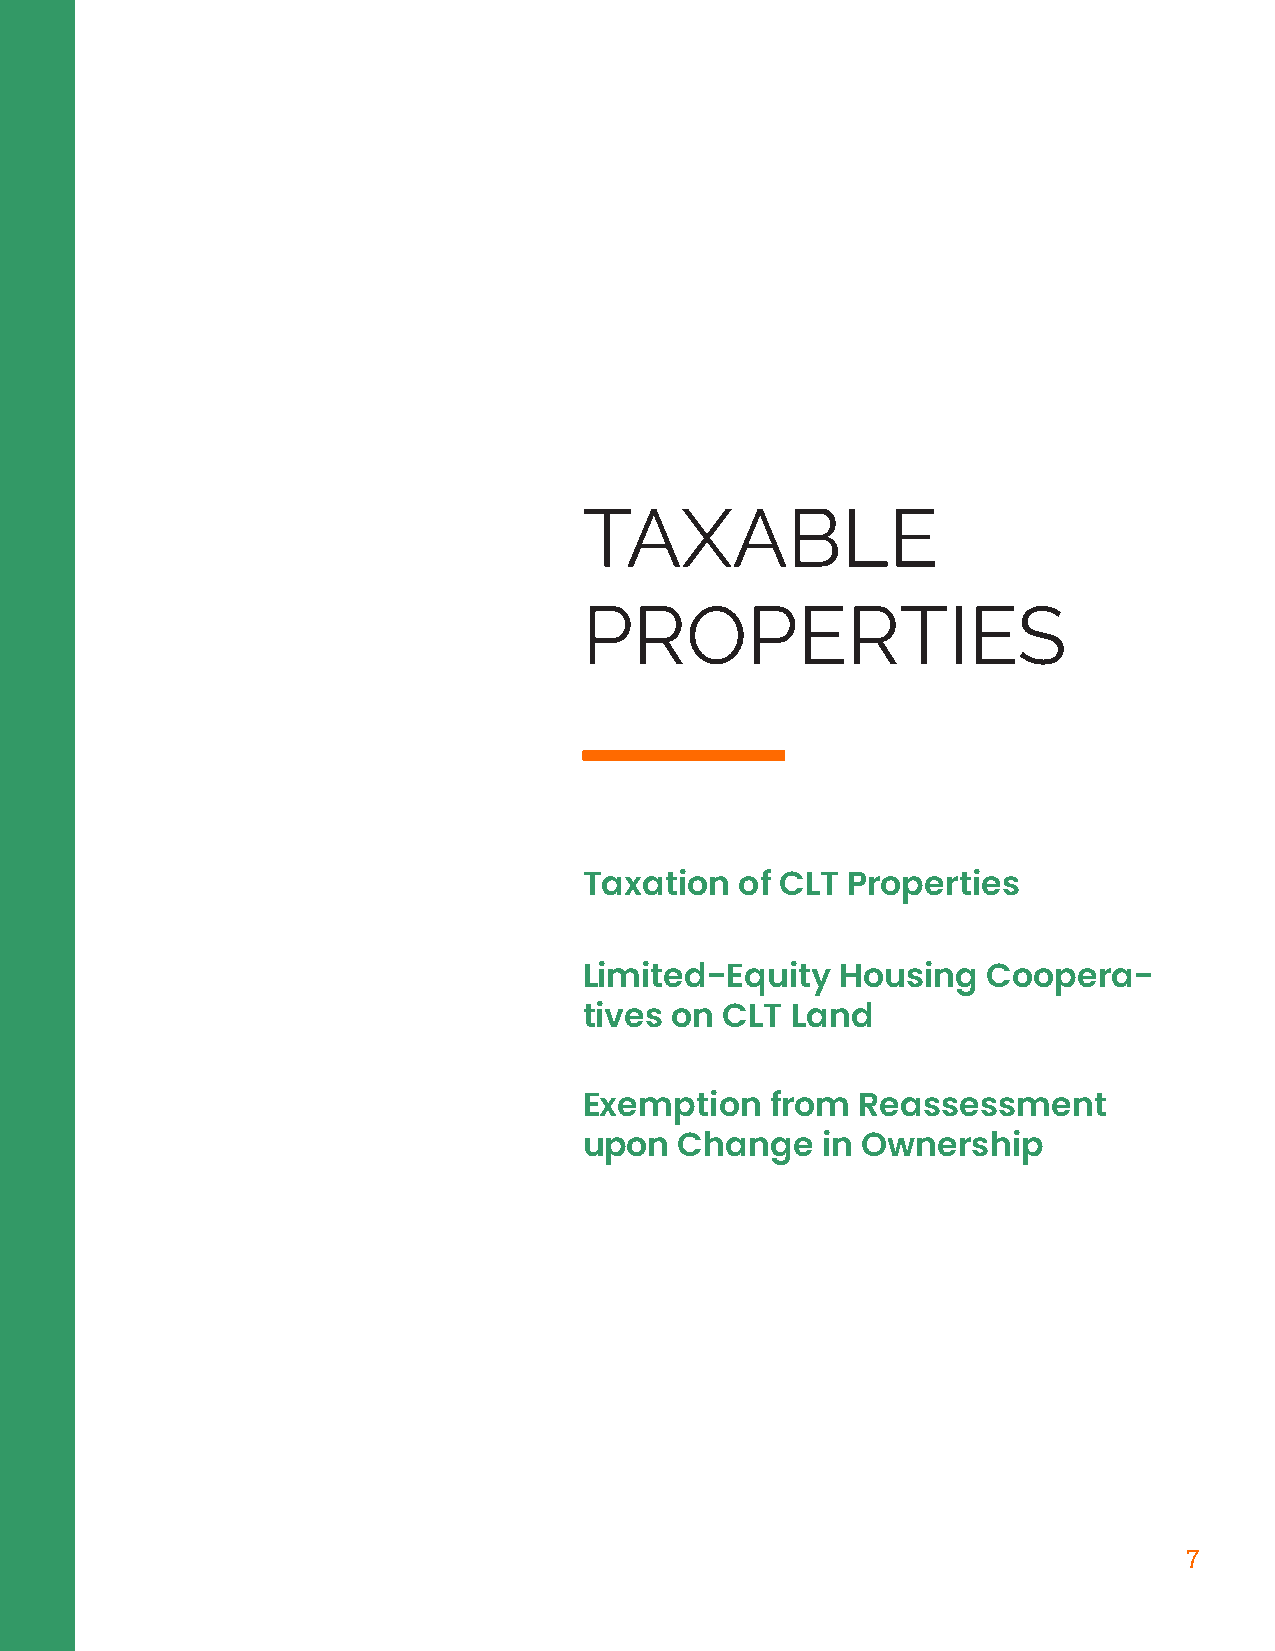
TAXABLE
 PROPERTIES
 Taxation  of CLT Properties
 Limited-Equity   Housing  Coopera-
 tives on CLT Land
 Exemption   from  Reassessment
 upon  Change   in Ownership
 7